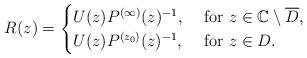
LaTeX: \begin{align*}R(z)=\begin{cases}U(z)P^{(\infty)}(z)^{-1},&\mbox{ for $z\in \mathbb C\setminus\overline{D}$,}\\U(z)P^{(z_0)}(z)^{-1},&\mbox{ for $z\in D$.}\end{cases}\end{align*}